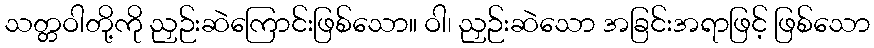
သတ္တဝါတို့ကို ညှဉ်းဆဲကြောင်းဖြစ်သော။ ဝါ၊ ညှဉ်းဆဲသော အခြင်းအရာဖြင့် ဖြစ်သော